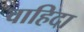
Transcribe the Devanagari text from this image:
वाहिदा